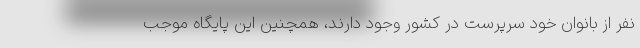
نفر از بانوان خود سرپرست در کشور وجود دارند، همچنین این پایگاه موجب